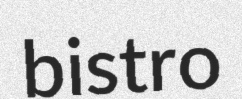
bistro